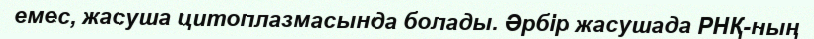
емес, жасуша цитоплазмасында болады. Әрбір жасушада РНҚ-ның